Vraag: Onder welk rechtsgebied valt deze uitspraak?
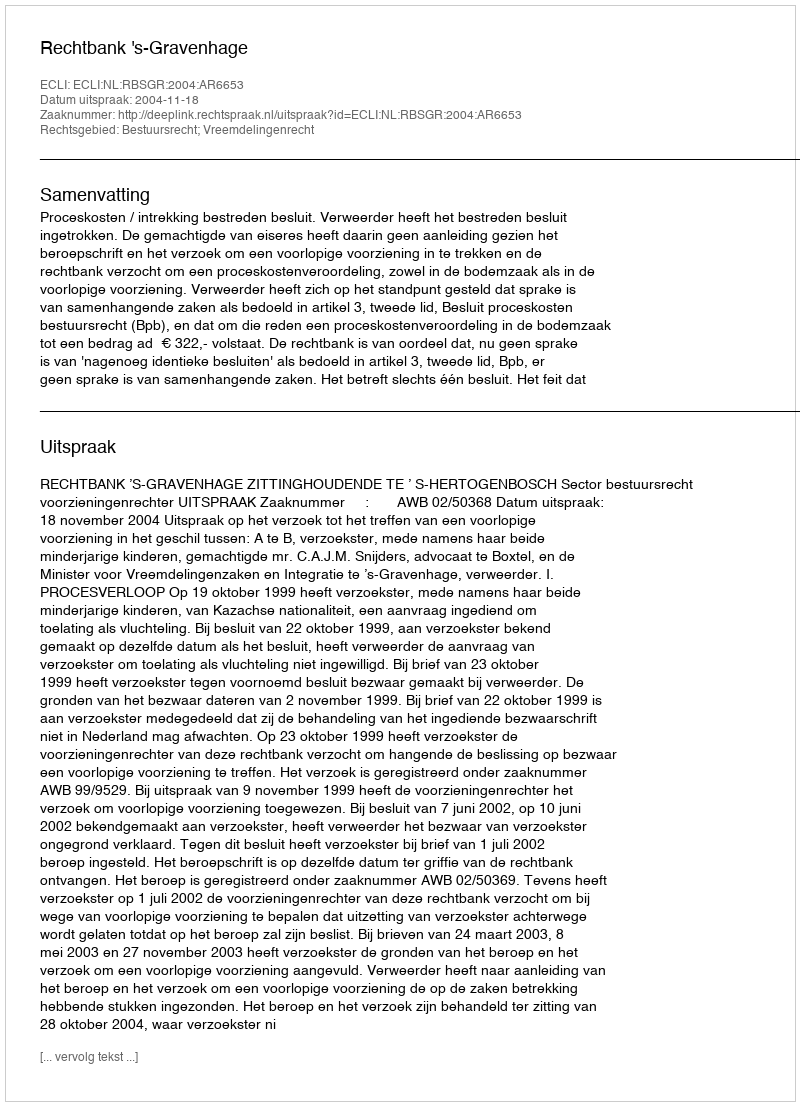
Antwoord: Bestuursrecht; Vreemdelingenrecht